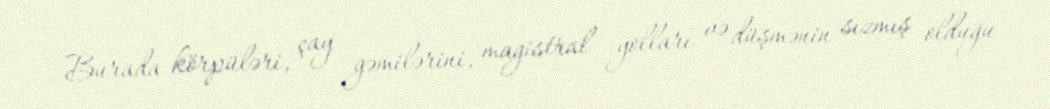
Burada körpüləri, çay gəmilərini, magistral yolları və düşmənin sızmış olduğu